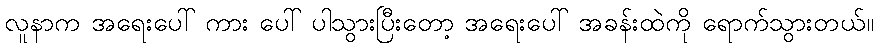
လူနာက အရေးပေါ် ကား ပေါ် ပါသွားပြီးတော့ အရေးပေါ် အခန်းထဲကို ရောက်သွားတယ်။